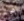
أشجع